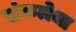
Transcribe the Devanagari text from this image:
संकलेचा